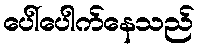
ပေါ်ပေါက်နေသည်